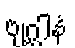
ဗျဂ္ဃါနံ